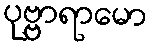
ပုဗ္ဗာရာမော